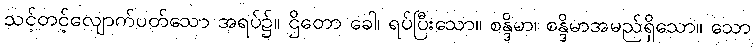
သင့်တင့်လျောက်ပတ်သော အရပ်၌။ ဌိတော ခေါ၊ ရပ်ပြီးသော။ စန္ဒိမာ၊ စန္ဒိမာအမည်ရှိသော။ သော